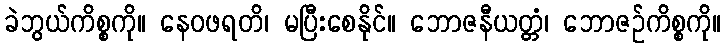
ခဲဘွယ်ကိစ္စကို။ နေဝဖရတိ၊ မပြီးစေနိုင်။ ဘောဇနီယတ္တံ၊ ဘောဇဉ်ကိစ္စကို။